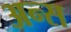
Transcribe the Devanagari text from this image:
अन्स